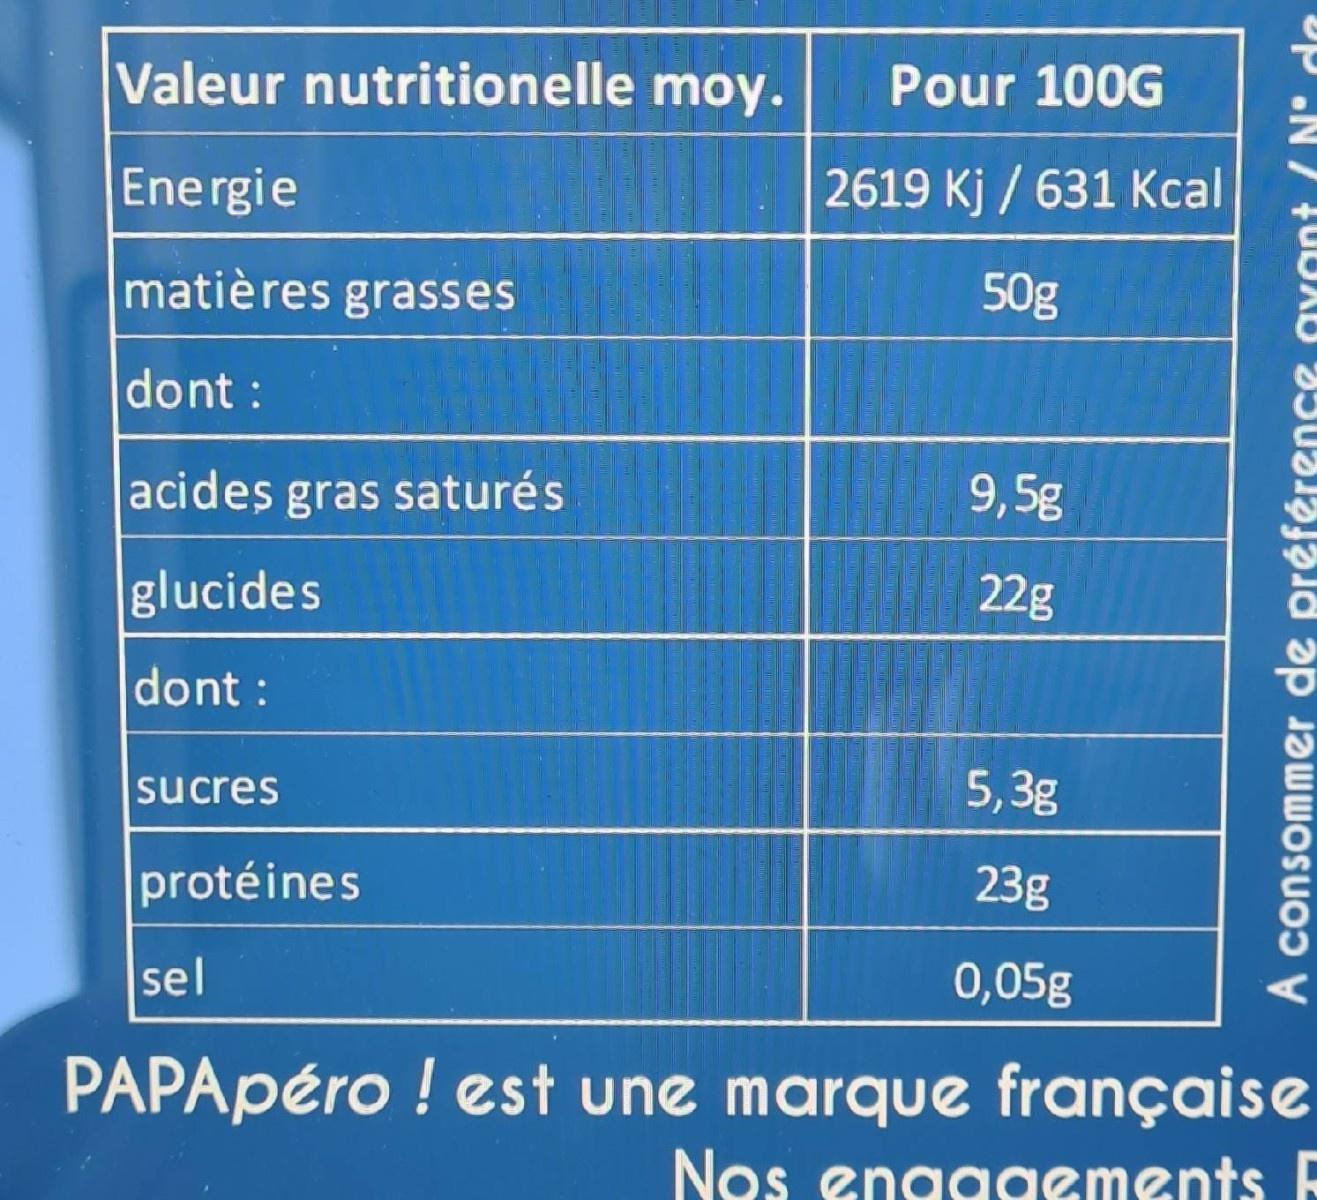
Valeur nutritionelle moy.
Pour 100G
Energie
2619 Kj / 631 Kcal
matières grasses
50g
dont:
acides gras saturés
9,5g
glucides
22g
dont :
sucres
5,3g
protéines
23g
sel
0,05g
PAPApéro ! est une marque française
Nos enaagements E
A consommer de préférence ayant (N' de